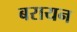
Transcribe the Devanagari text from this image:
बरायन